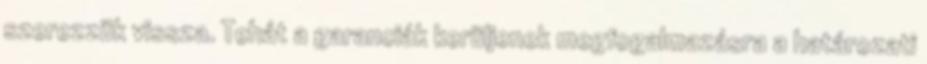
szerezzük vissza. Tehát a garanciák kerüljenek megfogalmazásra a határozati